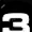
Digit: 3